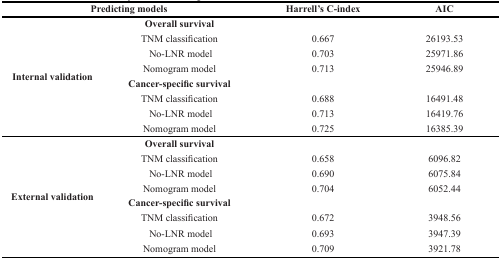
| <COLSPAN=2> Predicting models | Harrell’s C-index | AIC |
 | --- | --- | --- | --- |
 | <ROWSPAN=8> Internal validation | Overall survival |  |  |
 | TNM classification | 0.667 | 26193.53 |
 | No-LNR model | 0.703 | 25971.86 |
 | Nomogram model | 0.713 | 25946.89 |
 | Cancer-specific survival |  |  |
 | TNM classification | 0.688 | 16491.48 |
 | No-LNR model | 0.713 | 16419.76 |
 | Nomogram model | 0.725 | 16385.39 |
 | <ROWSPAN=8> External validation | Overall survival |  |  |
 | TNM classification | 0.658 | 6096.82 |
 | No-LNR model | 0.690 | 6075.84 |
 | Nomogram model | 0.704 | 6052.44 |
 | Cancer-specific survival |  |  |
 | TNM classification | 0.672 | 3948.56 |
 | No-LNR model | 0.693 | 3947.39 |
 | Nomogram model | 0.709 | 3921.78 |